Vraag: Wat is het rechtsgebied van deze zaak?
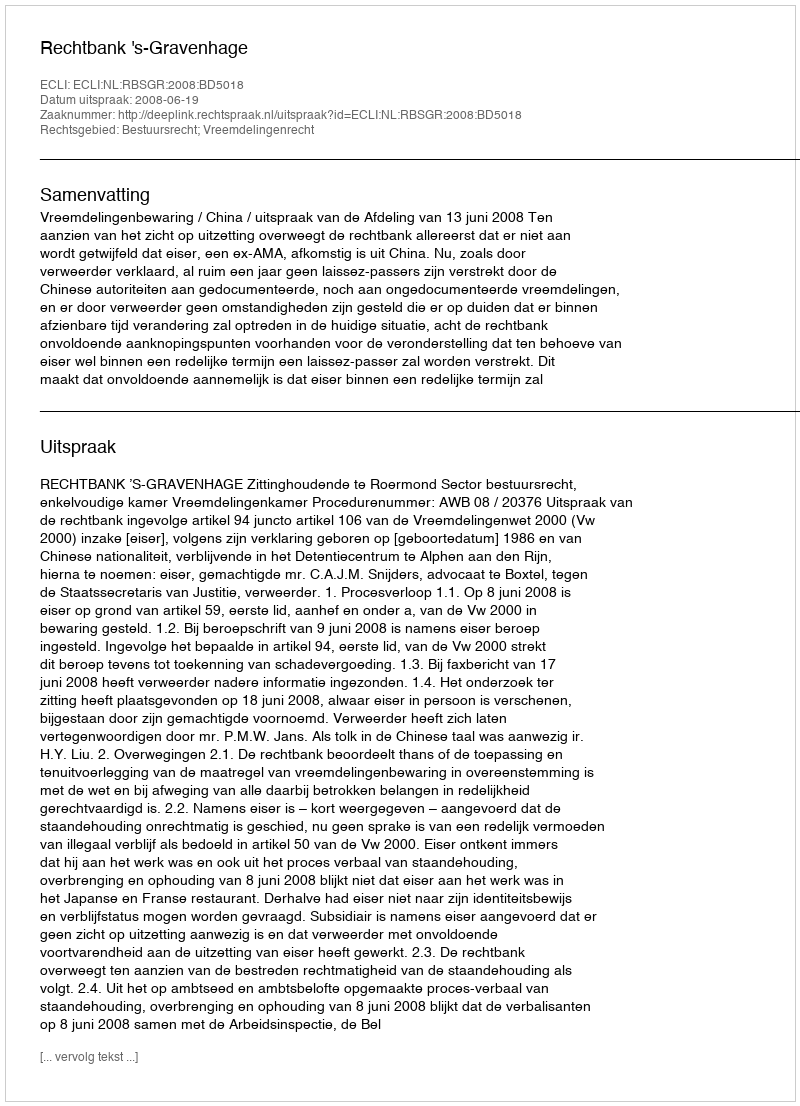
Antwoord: Bestuursrecht; Vreemdelingenrecht